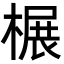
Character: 榐